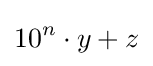
10^{n}\cdot y+z